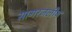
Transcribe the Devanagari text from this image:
सागरजलीय